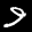
Label: 9